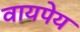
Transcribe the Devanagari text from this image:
वायपेय